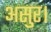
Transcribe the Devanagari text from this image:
असुर।